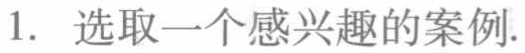
1. 选取一个感兴趣的案例.